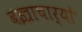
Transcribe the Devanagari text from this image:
वज्राचार्यों